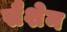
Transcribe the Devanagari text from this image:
सैशेम